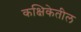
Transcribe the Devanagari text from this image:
कक्षिकेतील